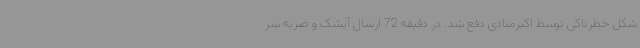
شکل خطرناکی توسط اکبرمنادی دفع شد. در دقیقه 72 ارسال آبشک و ضربه سر